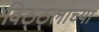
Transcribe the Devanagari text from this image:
विठ्ठ्लाच्या